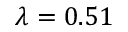
\lambda = 0 . 5 1